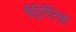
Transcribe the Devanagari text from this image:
पैट्रिस्टिक